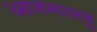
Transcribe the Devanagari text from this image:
आरुगल्लु